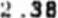
2.38